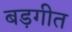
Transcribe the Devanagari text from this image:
बड़गीत